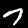
Digit: 7